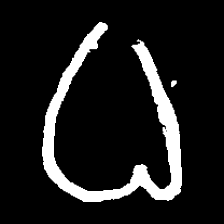
Pyu character \u2014 Myanmar letter: ဓ (romanized: dha)